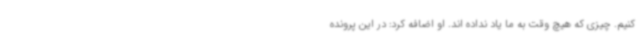
کنیم. چیزی که هیچ وقت به ما یاد نداده اند. او اضافه کرد: در این پرونده